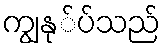
ကျွနု်ပ်သည်